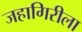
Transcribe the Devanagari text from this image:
जहागिरीला